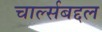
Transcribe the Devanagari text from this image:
चार्ल्सबद्दल